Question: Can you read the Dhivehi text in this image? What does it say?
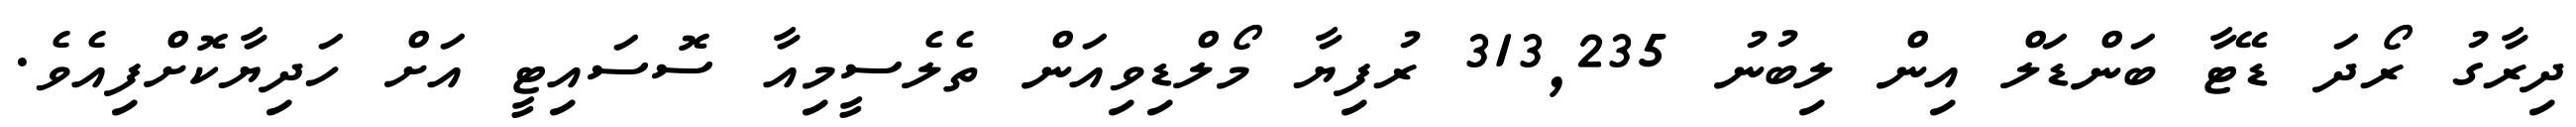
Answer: ދިރާގު ރޯދަ ޑޭޓާ ބަންޑަލް އިން ލިބުނު 313,235 ރުފިޔާ މޯލްޑިވިއަން ތެލެސީމިއާ ސޮސައިޓީ އަށް ހަދިޔާކޮށްފިއެވެ.